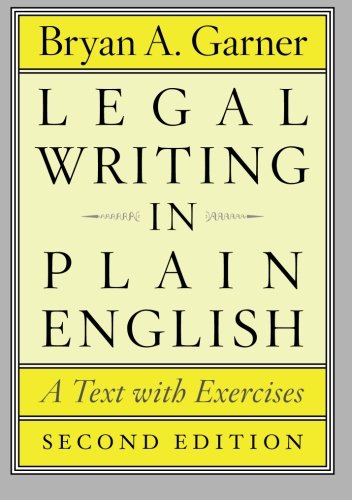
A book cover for Legal Writing in Plain English, Second Edition: A Text with Exercises (Chicago Guides to Writing, Editing, and Publishing); Bryan A. Garner; Law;